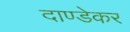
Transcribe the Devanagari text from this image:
दाण्डेकर